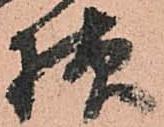
様